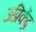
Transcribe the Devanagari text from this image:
उप्रिकेंद्र